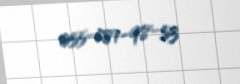
055-181-98-53